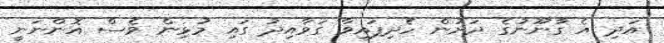
އަދި އެ ގާނޫނުގެ ދަށުން ހެދިފައިވާ ގަވާއިދު ގައި މުޅިން ވެސް އޮންނަނީ